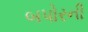
બપોરની